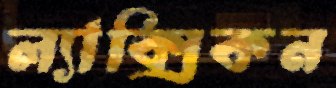
ল্যাক্সিকন